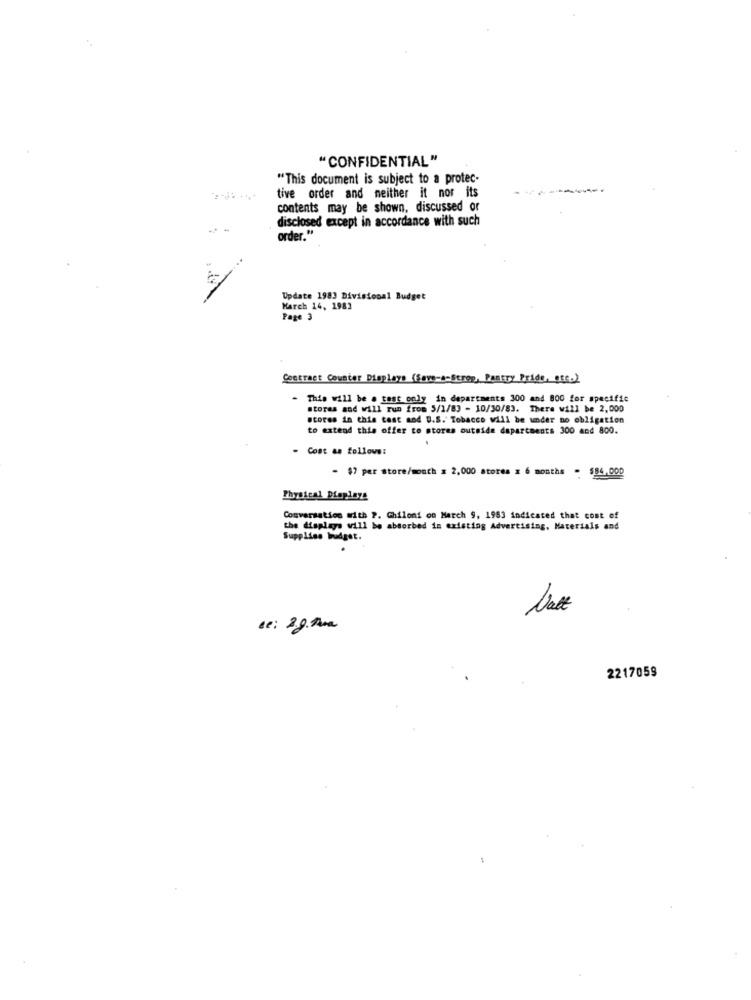
"CONFIDENTIAL"
"This document is subject to a protec-
tive order and neither it nor its
contents may be shown, discussed or
disclosed except in accordance with such
order."
Update 1983 Divisional Budget
March 14, 1983
Page 3
Contract Counter Displays (Save-a-Strep, Pantry Pride, etc.)
This will be a test only in departments 300 and 800 for specific
stores and will run from 5/1/83 - 10/30/83. There will be 2,000
stores in this test aod U.S. Tobacco will be under no obligation
to extend this offer to stores outside dapartments 300 and 800.
- Cost as follows:
- $7 per store/month = 2,000 stores z 6 months - $84,000
Physical Displays
Conversation with P. Ghiloni on March 9, 1983 indicated that cost of
the displays will be absorbed in existing Advertising, Materials and
Supplies budget.
de: 2g.the
2217059